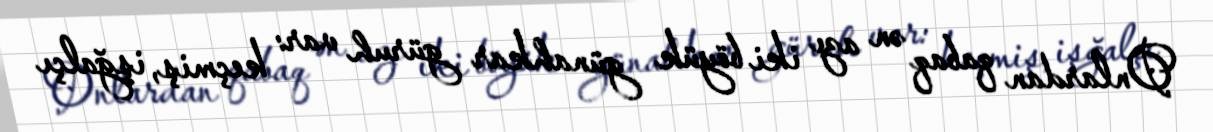
Onlardan qabaq ən azı iki böyük günahkar güruh var: keçmiş, işğalçı